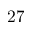
2 7